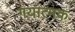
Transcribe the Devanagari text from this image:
गयात्मक